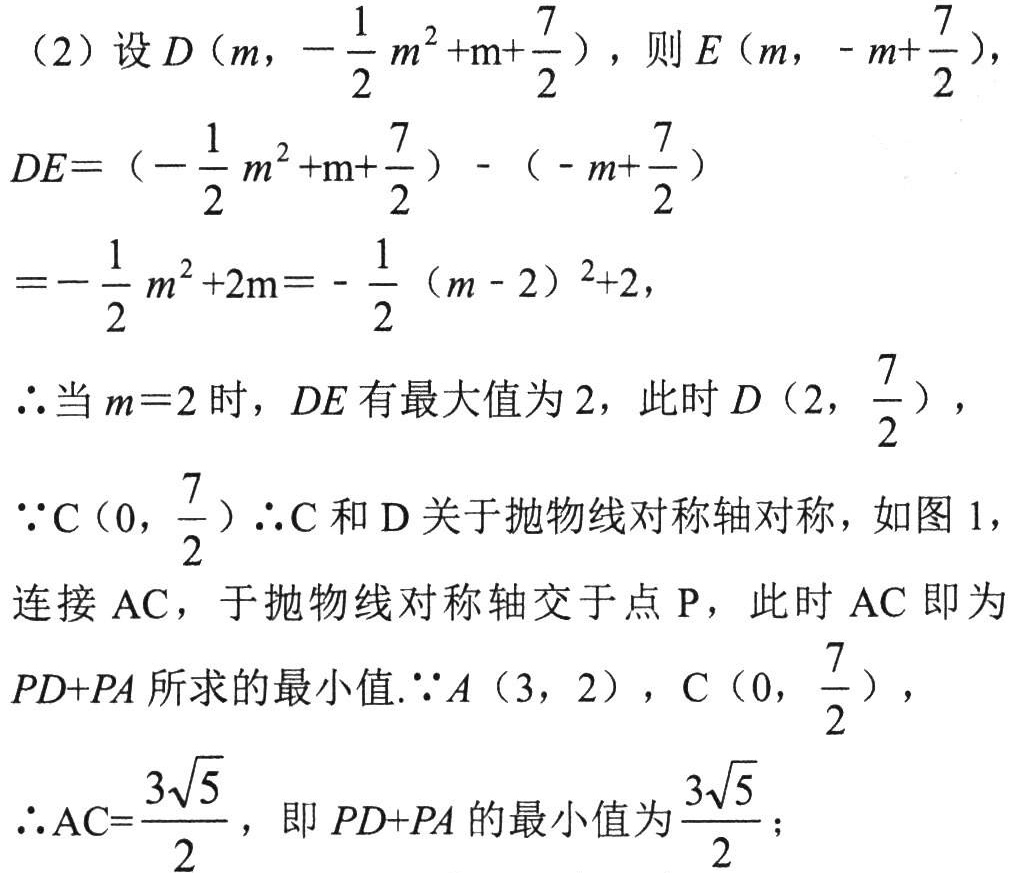
（2）设\(D\left(m,-\frac{1}{2}m^{2}+m + \frac{7}{2}\right)\)，则\(E\left(m,-m+\frac{7}{2}\right)\)，
\(DE=\left(-\frac{1}{2}m^{2}+m+\frac{7}{2}\right)-\left(-m+\frac{7}{2}\right)\)
\(=-\frac{1}{2}m^{2}+2m=-\frac{1}{2}(m - 2)^{2}+2\)，
\(\therefore\)当\(m = 2\)时，\(DE\)有最大值为\(2\)，此时\(D\left(2,\frac{7}{2}\right)\)，
\(\because C\left(0,\frac{7}{2}\right)\)\(\therefore C\)和\(D\)关于抛物线对称轴对称，如图1，
连接\(AC\)，于抛物线对称轴交于点\(P\)，此时\(AC\)即为
\(PD + PA\)所求的最小值.\(\because A(3,2)\)，\(C\left(0,\frac{7}{2}\right)\)，
\(\therefore AC=\frac{3\sqrt{5}}{2}\)，即\(PD + PA\)的最小值为\(\frac{3\sqrt{5}}{2}\)；